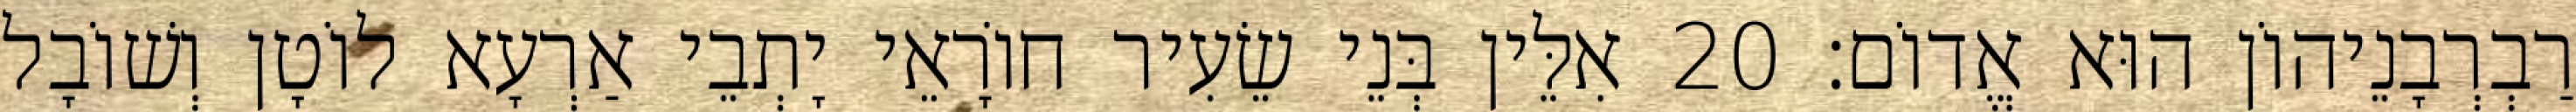
רַבְרְבָנֵיהוֹן הוּא אֱדוֹם׃ 20 אִלֵּין בְּנֵי שֵׂעִיר חוֹרָאֵי יָתְבֵי אַרְעָא לוֹטָן וְשׁוֹבָל